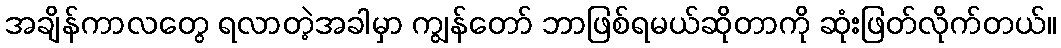
အချိန်ကာလတွေ ရလာတဲ့အခါမှာ ကျွန်တော် ဘာဖြစ်ရမယ်ဆိုတာကို ဆုံးဖြတ်လိုက်တယ်။